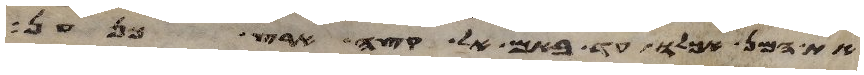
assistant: את המן אכלו עד באם אל קצה ארץ כנען